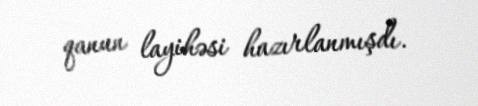
qanun layihəsi hazırlanmışdı.